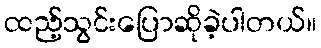
ထည့်သွင်းပြောဆိုခဲ့ပါတယ်။